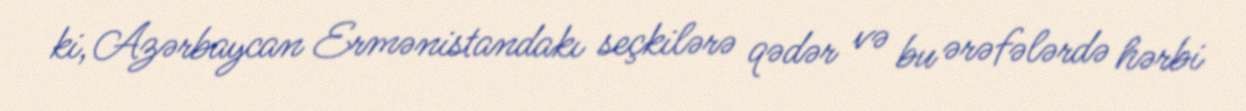
ki, Azərbaycan Ermənistandakı seçkilərə qədər və bu ərəfələrdə hərbi